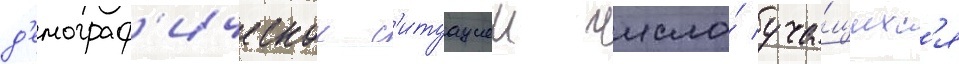
д'емограф'ическои с'итуациеи число́ уча́щихс'я